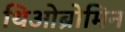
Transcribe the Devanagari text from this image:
थिओब्रोमिन